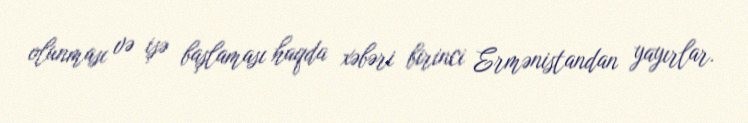
olunması və işə başlaması haqda xəbəri birinci Ermənistandan yayırlar.